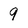
Character: 9